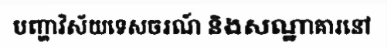
បញ្ហាវិស័យទេសចរណ៍ និងសណ្ឋាគារនៅ